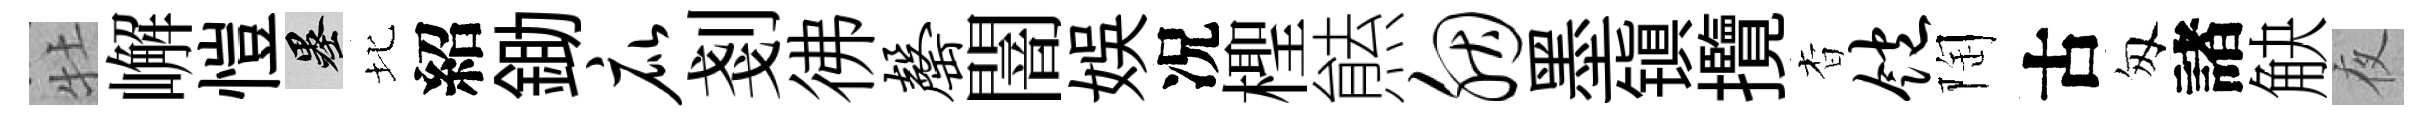
牡嶰愷墨北紹鋤庇剗彿罄闇娱况檉㷱胭墨镇攬杳饱陶古匆諸觖夜